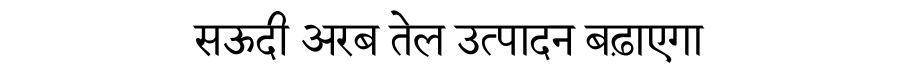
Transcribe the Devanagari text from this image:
सऊदी अरब तेल उत्पादन बढ़ाएगा